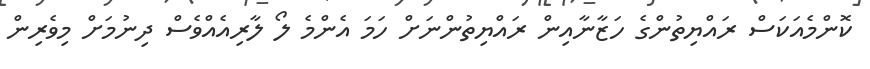
ކޮންމެއަކަސް ރައްޔިތުންގެ ހަޒާނާއިން ރައްޔިތުންނަށް ހަމަ އެންމެ ލޯ ލާރިއެއްވެސް ދިނުމަށް މިވެރިން